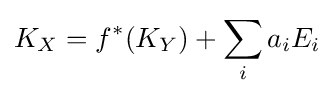
\displaystyle K_{X}=f^{*}(K_{Y})+\sum _{i}a_{i}E_{i}